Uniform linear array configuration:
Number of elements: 32
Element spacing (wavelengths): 1
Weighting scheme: binomial
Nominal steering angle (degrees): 0
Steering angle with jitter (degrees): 0.3052
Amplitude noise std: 0.05
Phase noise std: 0.05

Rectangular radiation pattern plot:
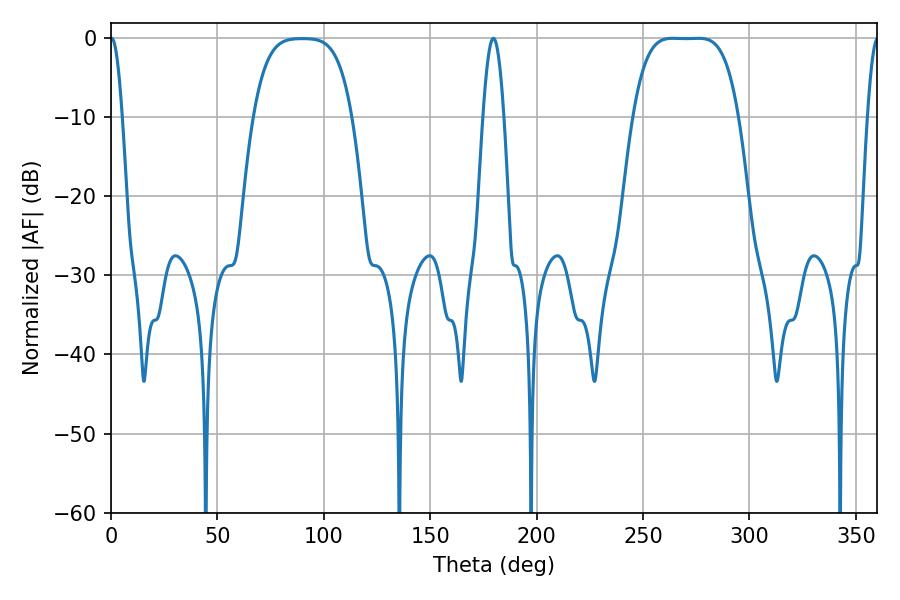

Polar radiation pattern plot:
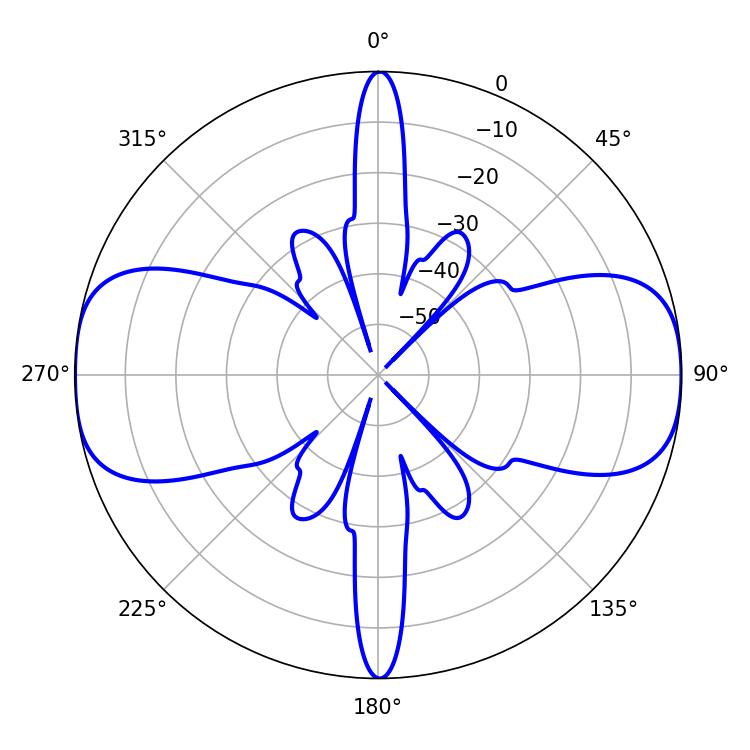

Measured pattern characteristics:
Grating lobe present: TRUE
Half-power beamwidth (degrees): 37.44
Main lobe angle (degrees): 264.06